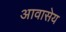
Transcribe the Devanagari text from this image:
आवासेय